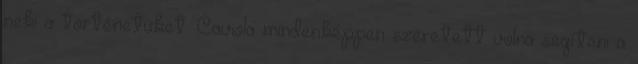
neki a történetüket. Caviola mindenképpen szeretett volna segíteni a